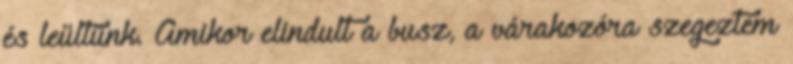
és leültünk. Amikor elindult a busz, a várakozóra szegeztem